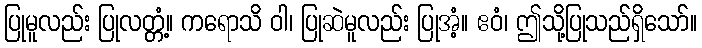
ပြုမူလည်း ပြုလတ္တံ့။ ကရောသိ ဝါ၊ ပြုဆဲမူလည်း ပြုအံ့။ ဧဝံ၊ ဤသို့ပြုသည်ရှိသော်။